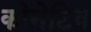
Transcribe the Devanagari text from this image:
कोनेटिव